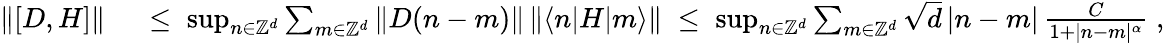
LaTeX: \begin{array}{rl}{\| [D,H]\| }&{{}\; \leq\; \operatorname*{sup}_{n\in{\mathbb Z}^{d}}\sum_{m\in{\mathbb Z}^{d}}\| D(n-m)\| \, \| \langle n|H|m\rangle\| \; \leq\; \operatorname*{sup}_{n\in{\mathbb Z}^{d}}\sum_{m\in{\mathbb Z}^{d}}\sqrt{d}\, |n-m|\, \frac{C}{1+|n-m|^{\alpha}}\; ,}\end{array}